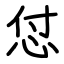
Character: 怤